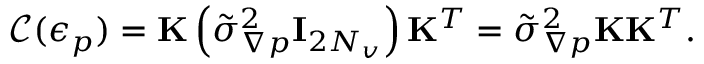
\mathcal { C } ( \boldsymbol { \epsilon } _ { p } ) = \mathbf { K } \left( \tilde { \sigma } _ { \boldsymbol { \nabla } p } ^ { 2 } \mathbf { I } _ { 2 N _ { v } } \right) \mathbf { K } ^ { T } = \tilde { \sigma } _ { \boldsymbol { \nabla } p } ^ { 2 } \mathbf { K } \mathbf { K } ^ { T } .